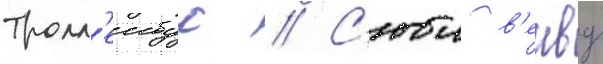
Тролл'еибус // С'юи в'енву